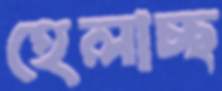
হেলাচ্ছ